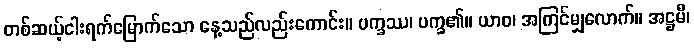
တစ်ဆယ့်ငါးရက်မြောက်သော နေ့သည်လည်းကောင်း။ ပက္ခဿ၊ ပက္ခ၏။ ယာဝ၊ အကြင်မျှလောက်။ အဋ္ဌမီ၊